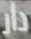
دار